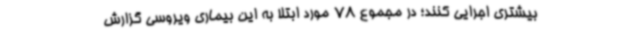
بیشتری اجرایی کنند؛ در مجموع 78 مورد ابتلا به این بیماری ویروسی گزارش